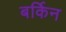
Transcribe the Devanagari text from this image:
बर्किन